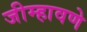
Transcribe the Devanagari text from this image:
जीम्हावणे